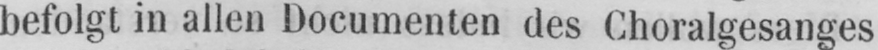
befolgt in allen Documenten des Choralgesanges